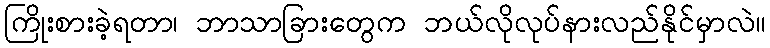
ကြိုးစားခဲ့ရတာ၊ ဘာသာခြားတွေက ဘယ်လိုလုပ်နားလည်နိုင်မှာလဲ။